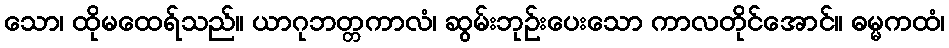
သော၊ ထိုမထေရ်သည်။ ယာဂုဘတ္တကာလံ၊ ဆွမ်းဘုဉ်းပေးသော ကာလတိုင်အောင်။ ဓမ္မကထံ၊